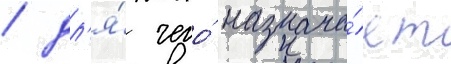
/ дл'я́ чего́ назнача́ет